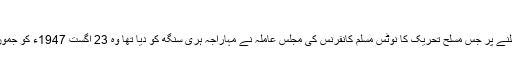
تحریک آزادی کا کھُلا اعلان
مہاراجہ ہری سنگھ کی طرف سے کسی قسم کا جواب نہ ملنے پر جس مسلح تحریک کا نوٹس مسلم کانفرنس کی مجلس عاملہ نے مہاراجہ ہری سنگھ کو دیا تھا وہ 23 اگست 1947ء کو جموں کشمير کے مسلمان فوجيوں نے نیلا بٹ سے شروع کی ۔